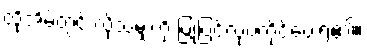
ထိုအိမ်တွင် လိုသမျှကို ပြုပြင်လုပ်ကိုင်ပေးရ၏။